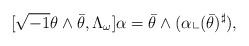
\begin{align*}[\sqrt{-1}\theta \wedge\bar{\theta},\Lambda_\omega]\alpha=\bar{\theta}\wedge(\alpha\llcorner(\bar{\theta})^\sharp),\end{align*}